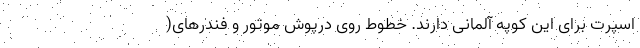
اسپرت برای این کوپه آلمانی دارند. خطوط روی درپوش موتور و فندرهای(